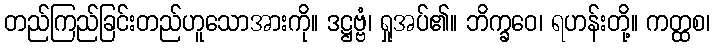
တည်ကြည်ခြင်းတည်ဟူသောအားကို။ ဒဋ္ဌဗ္ဗံ၊ ရှုအပ်၏။ ဘိက္ခဝေ၊ ရဟန်းတို့။ ကတ္ထစ၊